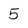
Character: 5